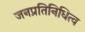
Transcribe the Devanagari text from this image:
जनप्रतिनिधित्व